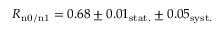
R _ { \mathrm { n 0 / n 1 } } = 0 . 6 8 \pm 0 . 0 1 _ { \mathrm { s t a t . } } \pm 0 . 0 5 _ { \mathrm { s y s t . } }